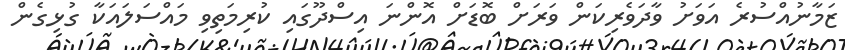
ޒަމާނުއްސުރެ އަވަށު ވާދަވެރިކަން ވަރަށް ބޮޑަށް އޮންނަ އިސްދޫގައި ކުރިމަތިވި މައްސަލައަކާ ގުޅިގެން